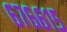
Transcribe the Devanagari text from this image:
६७६६१५